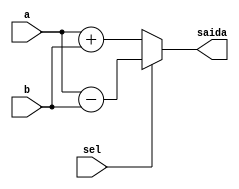
module Som_Sub(input [3:0]a, b, input sel, output reg [3:0] saida);

		  always@(*)
			 if(sel == 0)
				saida = a + b;
			else
			    saida = a - b;		 
endmodule